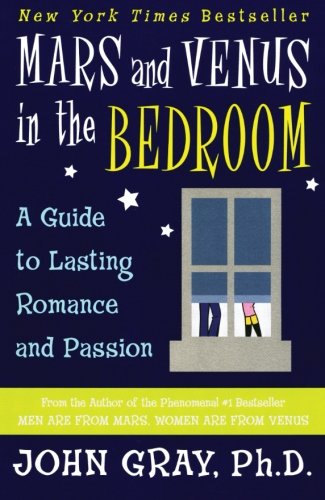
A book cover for Mars and Venus in the Bedroom: A Guide to Lasting Romance and Passion; John Gray; Health, Fitness & Dieting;